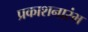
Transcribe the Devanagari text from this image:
प्रकाशनारंभ